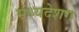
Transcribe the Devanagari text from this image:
मध्यदेशग